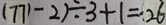
( 7 7 1 - 2 ) \div 3 + 1 = 2 6